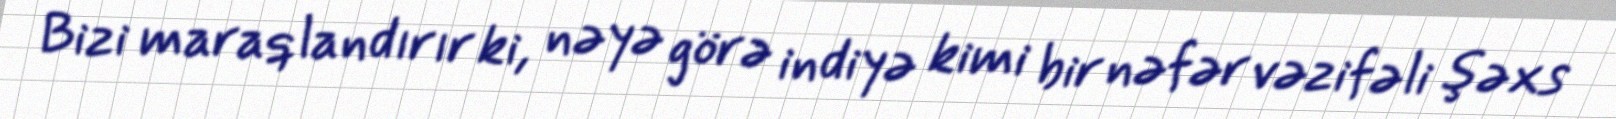
Bizi maraqlandırır ki, nəyə görə indiyə kimi bir nəfər vəzifəli şəxs